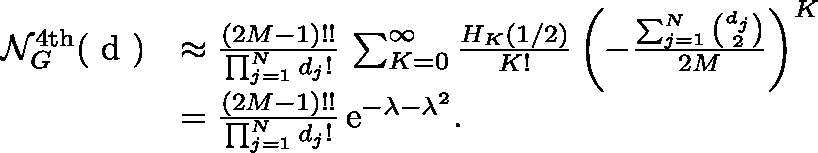
\begin{array} { r l } { \mathcal { N } _ { G } ^ { \mathrm { 4 t h } } ( \mathrm { \boldmath ~ d ~ } ) } & { \approx \frac { ( 2 M - 1 ) ! ! } { \prod _ { j = 1 } ^ { N } d _ { j } ! } \, \sum _ { K = 0 } ^ { \infty } \frac { H _ { K } \left( 1 / 2 \right) } { K ! } \left( - \frac { \sum _ { j = 1 } ^ { N } \binom { d _ { j } } { 2 } } { 2 M } \right) ^ { K } } \\ & { = \frac { ( 2 M - 1 ) ! ! } { \prod _ { j = 1 } ^ { N } d _ { j } ! } \, \mathrm { e } ^ { - \lambda - \lambda ^ { 2 } } . } \end{array}